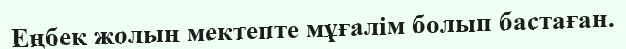
Еңбек жолын мектепте мұғалім болып бастаған.